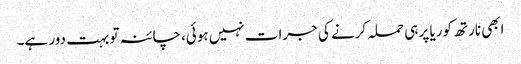
ابھی نارتھ کوریا پر ہی حملہ کرنے کی جرات نہیں ہوئی، چائنہ تو بہت دور ہے۔